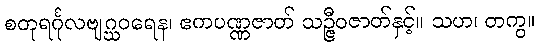
စတုရင်္ဂုလဗျဂ္ဃဝရေန၊ ဧကပဏ္ဏဇာတ် သဉ္ဇီဝဇာတ်နှင့်။ သဟ၊ တကွ။